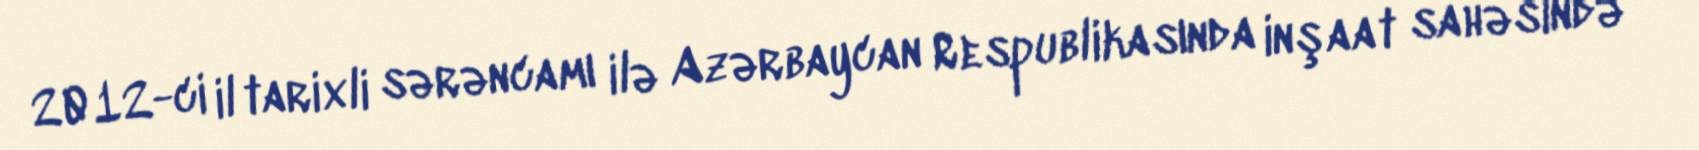
2012-ci il tarixli sərəncamı ilə Azərbaycan Respublikasında inşaat sahəsində